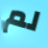
لم